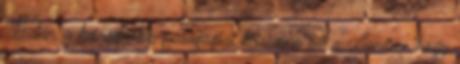
""Talán a legnagyobb pedagógiai téveszme az a vélemény, hogy